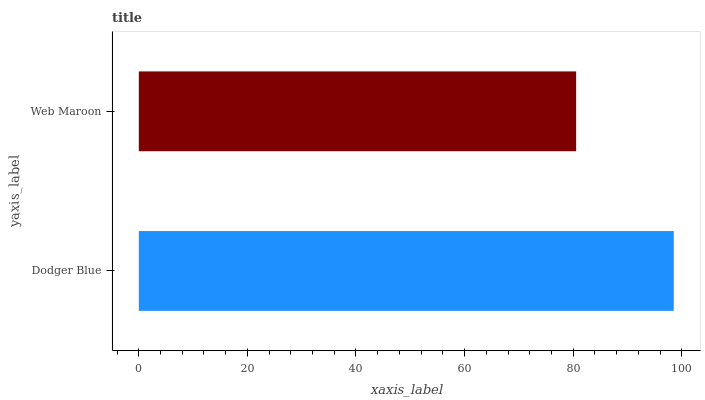
| yaxis_label | bars |
 | --- | --- |
 | Dodger Blue | 98.5 |
 | Web Maroon | 80.6 |